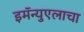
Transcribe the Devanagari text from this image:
इमॅन्युएलाचा